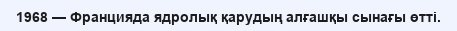
1968 — Францияда ядролық қарудың алғашқы сынағы өтті.